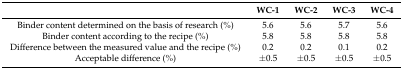
|  | WC-1 | WC-2 | WC-3 | WC-4 |
 | --- | --- | --- | --- | --- |
 | Binder content determined on the basis of research (%) | 5.6 | 5.6 | 5.7 | 5.6 |
 | Binder content according to the recipe (%) | 5.8 | 5.8 | 5.8 | 5.8 |
 | Difference between the measured value and the recipe (%) | 0.2 | 0.2 | 0.1 | 0.2 |
 | Acceptable difference (%) | ±0.5 | ±0.5 | ±0.5 | ±0.5 |